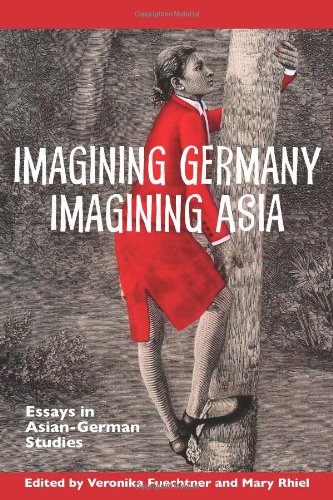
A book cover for Imagining Germany Imagining Asia (Studies in German Literature Linguistics and Culture); Literature & Fiction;